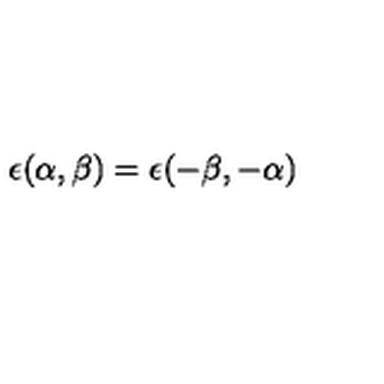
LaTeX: \epsilon ( \alpha , \beta ) = \epsilon ( - \beta , - \alpha )